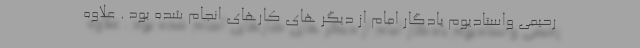
رحیمی واستادیوم یادگار امام از دیگر های کارهای انجام شده بود . علاوه